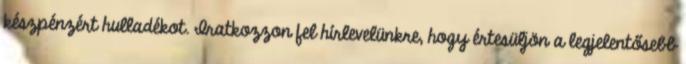
készpénzért hulladékot. Iratkozzon fel hírlevelünkre, hogy értesüljön a legjelentősebb